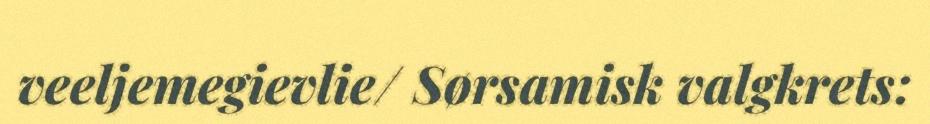
veeljemegievlie/ Sørsamisk valgkrets: